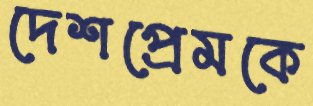
দেশপ্রেমকে